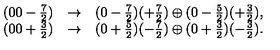
\begin{array} { c c l } { ( 0 0 - \frac { 7 } { 2 } ) } & { \rightarrow } & { ( 0 - \frac { 7 } { 2 } ) ( + \frac { 7 } { 2 } ) \oplus ( 0 - \frac { 5 } { 2 } ) ( + \frac { 3 } { 2 } ) , } \\ { ( 0 0 + \frac { 3 } { 2 } ) } & { \rightarrow } & { ( 0 + \frac { 5 } { 2 } ) ( - \frac { 7 } { 2 } ) \oplus ( 0 + \frac { 3 } { 2 } ) ( - \frac { 3 } { 2 } ) . } \\ \end{array}